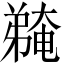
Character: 𫸽